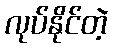
လုပ်နိုင်တဲ့